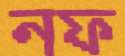
নফ